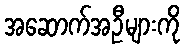
အဆောက်အဦများကို